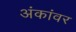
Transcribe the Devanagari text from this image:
अंकांवर